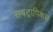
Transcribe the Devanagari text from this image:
सबट्रापिकल